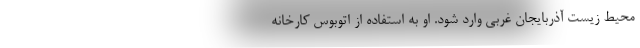
محیط زیست آذربایجان غربی وارد شود. او به استفاده از اتوبوس کارخانه